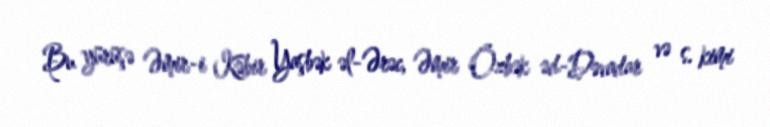
Bu yürüşə Əmir-i Kəbir Yaşbək əl-Ərəc, Əmir Özbək əd-Dəvadar və s. kimi